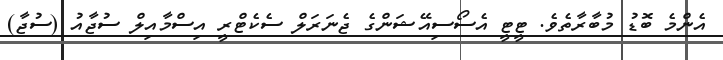
އެންމެ ބޮޑު މުބާރާތެވެ. ޓީޓީ އެސޯސިއޭޝަންގެ ޖެނަރަލް ސެކެޓްރީ އިސްމާއިލް ސުޖާއު (ސުޖާ)